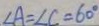
\angle A = \angle C = 6 0 ^ { \circ }